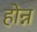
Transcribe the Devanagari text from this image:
होन्न